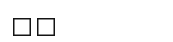
٤٠